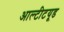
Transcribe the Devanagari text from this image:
आल्टीटयूड